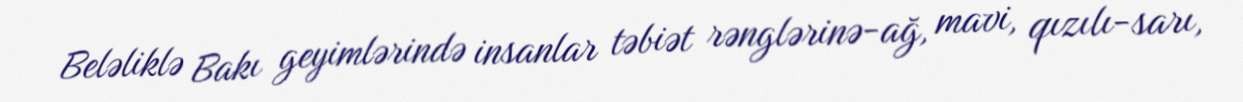
Beləliklə Bakı geyimlərində insanlar təbiət rənglərinə-ağ, mavi, qızılı-sarı,